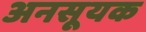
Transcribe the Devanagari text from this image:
अनसूयक